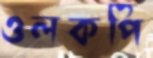
ওলকপি